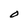
Character: O